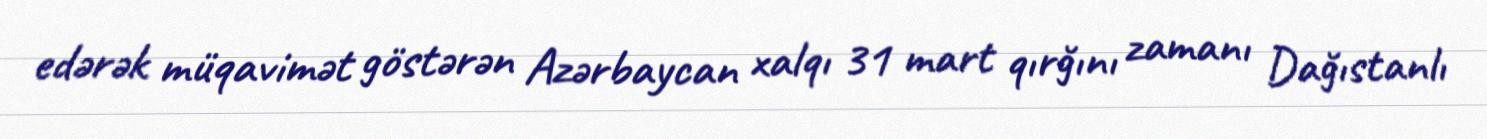
edərək müqavimət göstərən Azərbaycan xalqı 31 mart qırğını zamanı Dağıstanlı